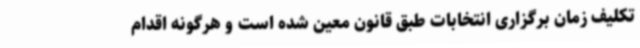
تکلیف زمان برگزاری انتخابات طبق قانون معین شده است و هرگونه اقدام